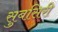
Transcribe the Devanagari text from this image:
सुबसिरी